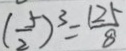
( \frac { 5 } { 2 } ) ^ { 3 } = \frac { 1 2 5 } { 8 }